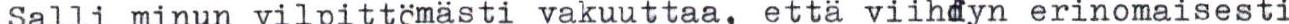
Salli minun vilpittömästi vakuuttaa, että viihdyn erinomaisesti